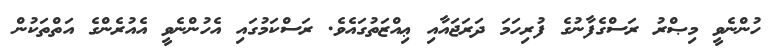
ހުންނެވީ މިޞްރު ރަސްގެފާނުގެ ފުރިހަމަ ދަރަޖައާއި ޢިއްޒަތުގައެވެ. ރަސްކަމުގައި އެހުންނެވީ އެއުރެންގެ އަތްތަކުން